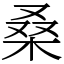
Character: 桑